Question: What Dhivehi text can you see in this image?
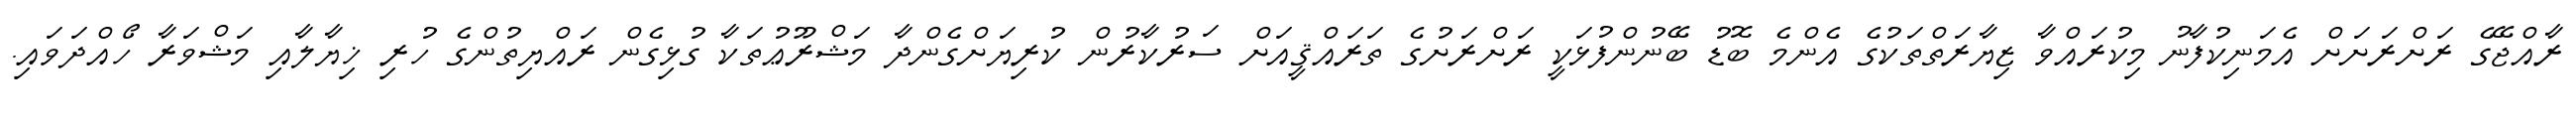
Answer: ރާއްޖޭގެ ރަށްރަށަށް އެމަނިކުފާނު މިކުރައްވާ ޒިޔާރަތްތަކުގެ އެންމެ ބޮޑު ބޭނުންފުޅަކީ ރަށްރަށުގެ ތަރައްޤީއަށް ސަރުކާރުން ކުރިޔަށްގެންދާ މަޝްރޫޢުތަކާ ގުޅިގެން ރައްޔިތުންގެ ހުރި ޚިޔާލާއި މަޝްވަރާ ހޯއްދަވައި.